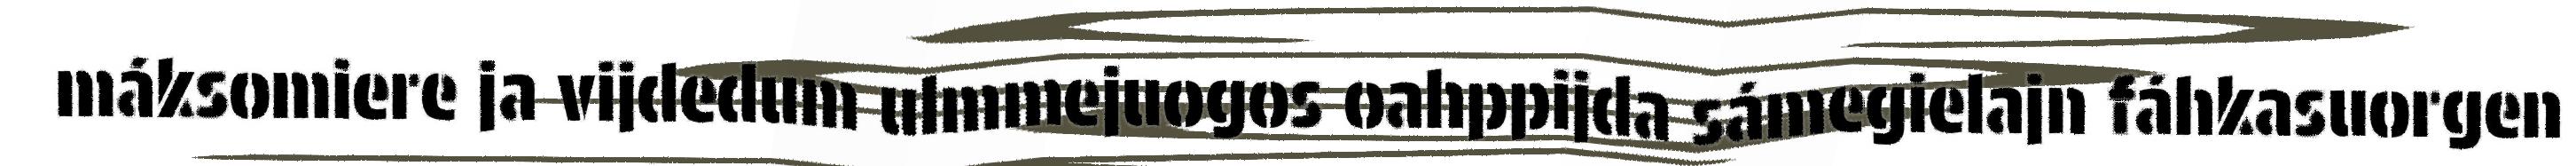
máksomiere ja vijdedum ulmmejuogos oahppijda sámegielajn fáhkasuorgen